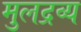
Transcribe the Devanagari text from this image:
मुलद्रव्य